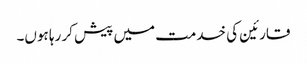
قارئین کی خدمت میں پیش کر رہا ہوں۔